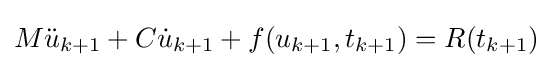
M{\ddot {u}}_{k+1}+C{\dot {u}}_{k+1}+f(u_{k+1},t_{k+1})=R(t_{k+1})